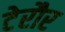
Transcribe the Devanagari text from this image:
टेरौर